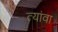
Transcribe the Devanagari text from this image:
त्यांवा